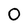
Character: O